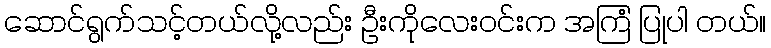
ဆောင်ရွက်သင့်တယ်လို့လည်း ဦးကိုလေးဝင်းက အကြံ ပြုပါ တယ်။